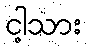
ငါ့သား